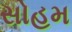
સોહમ